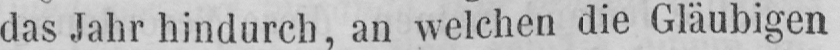
das Jahr hindurch, an welchen die Gläubigen